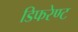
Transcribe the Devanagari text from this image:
डिफरेण्ट